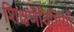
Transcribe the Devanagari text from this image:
शिक्षणविधियाँ